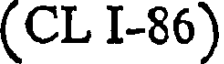
(CL I-86)